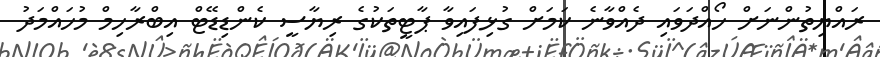
ރައްޔިތުންނަށް ހޯއްދަވައި ދެއްވާނެ ކަމަށް ގުޅިފައިވާ ޕާޓީތަކުގެ ރިޔާސީ ކެންޑިޑޭޓް އިބްރާހިމް މުހައްމަދު